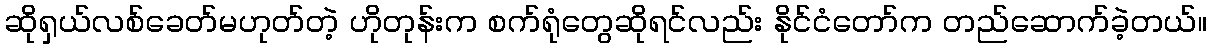
ဆိုရှယ်လစ်ခေတ်မဟုတ်တဲ့ ဟိုတုန်းက စက်ရုံတွေဆိုရင်လည်း နိုင်ငံတော်က တည်ဆောက်ခဲ့တယ်။